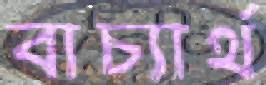
বাচ্যার্থ